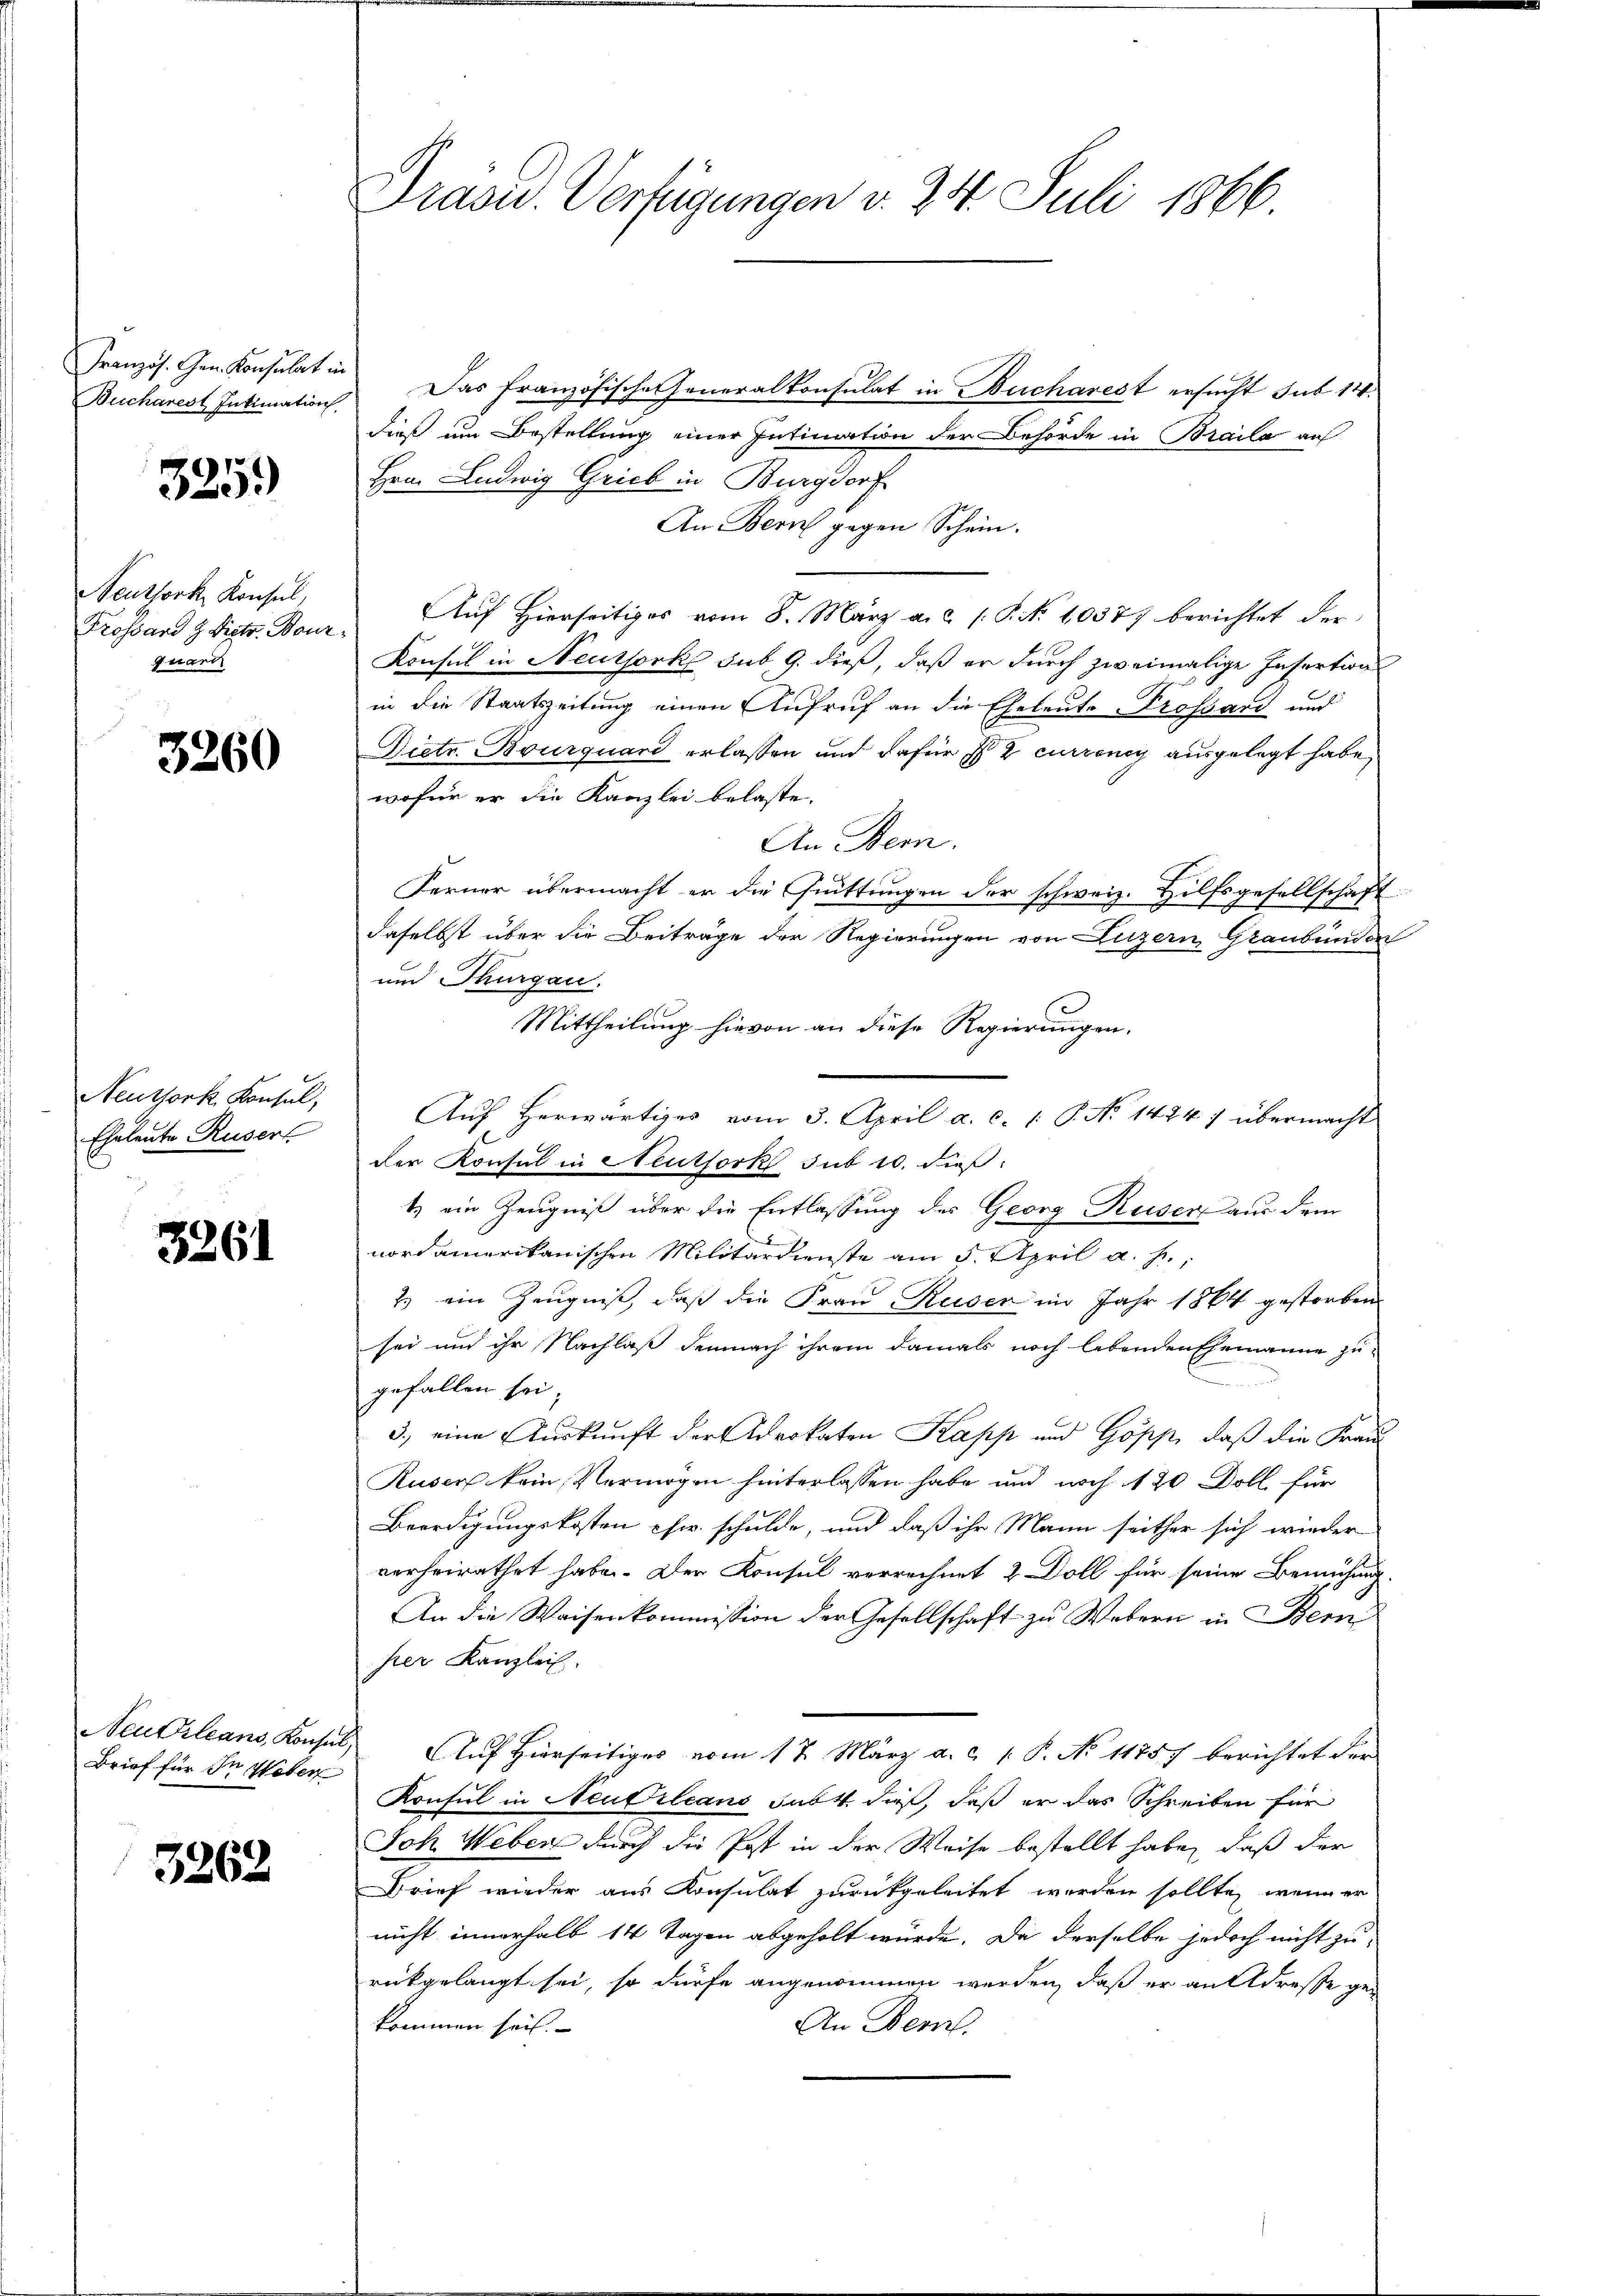
Französ. Gen. Konsulat in
Bucharest Intimation

325.)

Neuthork, Konsul,
Frossard & Dietr. Bour
quart

3260

Neuthork Konsul,
Eheleute Ruser

3261

Neukleans, Konsul,
Brief für In Weber

3262

Dräsid. Verfügungen v. 24. Juli 1866

Das Französische Generalkonsulat in Bucharest ersucht sub 14.
dieß um Bestellung einer Intimation der Behörde in Braila auf
Hrn. Ludwig Grieb in Burgdorf
An Bern gegen Schein.
Auf Hierseitiges vom 8. März a.c. (: P. No 10377 berichtet der
Konsul in Neuthork, sub 9. dieß, daß er durch zweimalige Insertion
in die Staatszeitung einen Aufruf an die Eheleute rossard und
Dietr. Bourquard erlassen und dafür 2 currenoy ausgelegt habe,
wofür er die Kanzlei belaste.
An Bern.
Ferner übermacht er die Quittungen der schweiz. Hilfsgesellschaft
daselbst über die Beiträge der Regierungen von Luzern Graubünden
und Thurgau.
Mittheilung hievon an diese Regierungen.
Auf Herwärtiges vom 3. April a. c. 1 P. No 1424 7 übermacht
der Konsul in Neuthork sub 10. dieß
t) ein Zeugniß über die Entlassung des Georg Reser aus dem
nordamerikanischen Militärdienste am 5. April a. h.,
2. ein Zeugniß, daß die Frau Ruser im Jahr 1864 gestorben
sei und ihr Nachlaß demnach ihrem damals noch lebenden Ehemanne zu-
gefallen sei,
3.) eine Auskunft der Advokaten Kapp und Gopp, daß die Frau
Ruser kein Vermögen hinterlassen habe und noch 120 Doll für
Beerdigungskosten Chr. schulde, und daß ihr Mann seither sich wieder
verheirathet habe. Der Konsul verrechnet 2 Doll für seine Bemühung
An die Waisenkommission der Gesellschaft zu Webern in Bem
per Kanzlei.
Auf Hierseitiges vom 17. März a.c. P. No 11757 berichtet der
Konsul in Neubileans habt, dieß, daß er das Schreiben für
Joh Weber durch die Post in der Weise bestellt habe, daß der
Brief wieder aus Konsulat zurückgeleitet werden sollte, wenn er
nicht innerhalb 14 Tagen abgeholt würde. Da derselbe jedoch nicht zu
rückgelangt sei, so dürfe angenommen werden, daß er an Adresse gekommen sei.
An Dem